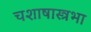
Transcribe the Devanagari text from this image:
चशाषास्त्रभा